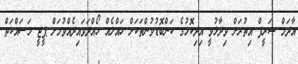
އާދަމް ޝަރީފް އިތުރަށް ވިދާޅުވީ އިދިކޮޅުގެ ކަންބޮޑުވުންތަކަށް ހައްލެއް ހޯއްދަވައިދެއްވުމަށް ޕީޖީ މަސައްކަތް